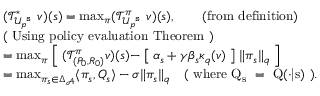
\begin{array} { r l } & { ( \mathcal { T } _ { \mathcal { U } _ { p } ^ { \texttt { s } } } ^ { * } v ) ( s ) = \operatorname* { m a x } _ { \pi } ( \mathcal { T } _ { \mathcal { U } _ { p } ^ { \texttt { s } } } ^ { \pi } v ) ( s ) , \qquad \mathrm { ( f r o m ~ d e f i n i t i o n ) } } \\ & { \mathrm { ( ~ U s i n g ~ p o l i c y ~ e v a l u a t i o n ~ T h e o r e m ~ ) } } \\ & { = \operatorname* { m a x } _ { \pi } \Bigm [ ( \mathcal { T } _ { ( P _ { 0 } , R _ { 0 } ) } ^ { \pi } v ) ( s ) - \bigm [ \alpha _ { s } + \gamma \beta _ { s } \kappa _ { q } ( v ) \bigm ] \lVert \pi _ { s } \rVert _ { q } \Bigm ] } \\ & { = \operatorname* { m a x } _ { \pi _ { s } \in \Delta _ { \mathcal { A } } } \langle \pi _ { s } , Q _ { s } \rangle - \sigma \lVert \pi _ { s } \rVert _ { q } \quad \mathrm { ( ~ w h e r e ~ Q _ s ~ = ~ Q ( \cdot | s ) ~ ) . } } \end{array}